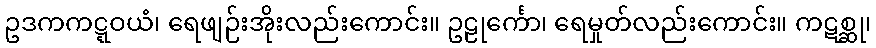
ဥဒကကဋ္ဋဝယံ၊ ရေဖျဉ်းအိုးလည်းကောင်း။ ဥဠုင်္ကော၊ ရေမှုတ်လည်းကောင်း။ ကဋစ္ဆု၊